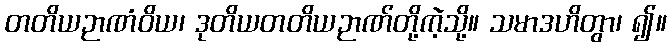
တတိယဉာဏံဝိယ၊ ဒုတိယတတိယဉာဏ်တို့ကဲ့သို့။ သမာဒဟိတွာ၊ ၍။